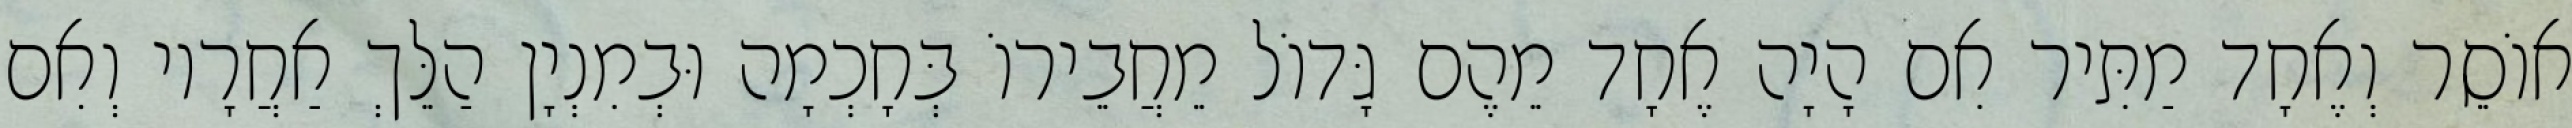
אוֹסֵר וְאֶחָד מַתִּיר אִם הָיָה אֶחָד מֵהֶם גָּדוֹל מֵחֲבֵירוֹ בְּחָכְמָה וּבְמִנְיָן הַלֵּךְ אַחֲרָיו וְאִם